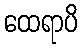
ထေရာပိ